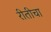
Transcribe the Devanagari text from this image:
रीतीचा